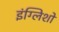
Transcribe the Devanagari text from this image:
इंग्लिशों